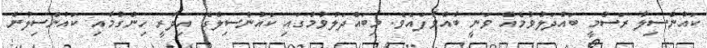
ކައުންސިލާ ރަސްމީ ބައްދަލުވުމެއް ވަނީ ބާއްވާފައެވެ. މިބައްދަލުވުމުގައި ކައުންސިލްގެ އިދާރީ ހިންގުމާއި ކައުންސިލުން